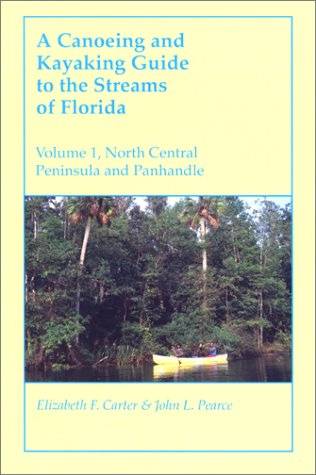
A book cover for A Canoeing and Kayaking Guide to the Streams of Florida: Volume I: North Central Peninsula and Panhandle (Canoeing & Kayaking Guides - Menasha); Elizabeth F. Carter; Travel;